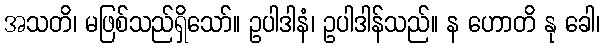
အသတိ၊ မဖြစ်သည်ရှိသော်။ ဥပါဒါနံ၊ ဥပါဒါန်သည်။ န ဟောတိ နု ခေါ၊